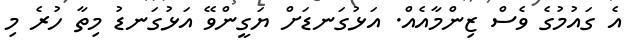
އެ ގައުމުގެ ވެސް ޒިންމާއެއް. އަޅުގަނޑަށް ޔަގީންވޭ އަޅުގަނޑު މިތާ ހުރެ މި